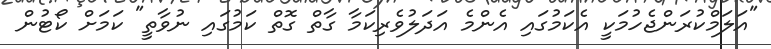
"އަލަމްކުރަންޖެހުމަކީ އެކަމުގައި އެންމެ އަދަލުވެރިކަމާ ގާތް ގޮތް ކަމުގައި ނުވާތީ" ކަމަށް ކޯޓުން